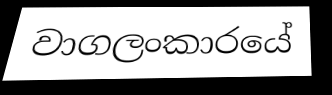
වාගලංකාරයේ